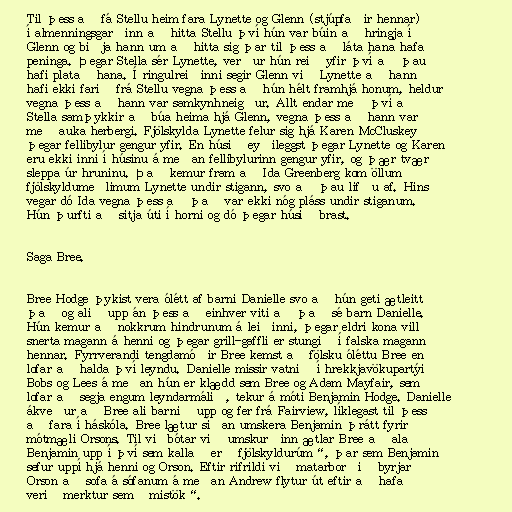
Til þess að fá Stellu heim fara Lynette og Glenn (stjúpfaðir hennar)
í almenningsgarðinn að hitta Stellu því hún var búin að hringja í
Glenn og biðja hann um að hitta sig þar til þess að láta hana hafa
peninga. Þegar Stella sér Lynette, verður hún reið yfir því að þau
hafi platað hana. Í ringulreiðinni segir Glenn við Lynette að hann
hafi ekki farið frá Stellu vegna þess að hún hélt framhjá honum, heldur
vegna þess að hann var samkynhneigður. Allt endar með því að
Stella samþykkir að búa heima hjá Glenn, vegna þess að hann var
með auka herbergi. Fjölskylda Lynette felur sig hjá Karen McCluskey
þegar fellibylur gengur yfir. En húsið eyðileggst þegar Lynette og Karen
eru ekki inni í húsinu á meðan fellibylurinn gengur yfir, og þær tvær
sleppa úr hruninu. Það kemur fram að Ida Greenberg kom öllum
fjölskyldumeðlimum Lynette undir stigann, svo að þau lifðu af. Hins
vegar dó Ida vegna þess að það var ekki nóg pláss undir stiganum.
Hún þurfti að sitja úti í horni og dó þegar húsið brast.

Saga Bree.

Bree Hodge þykist vera ólétt af barni Danielle svo að hún geti ætleitt
það og alið upp án þess að einhver viti að það sé barn Danielle.
Hún kemur að nokkrum hindrunum á leiðinni, þegar eldri kona vill
snerta magann á henni og þegar grill-gaffli er stungið í falska magann
hennar. Fyrrverandi tengdamóðir Bree kemst að fölsku óléttu Bree en
lofar að halda því leyndu. Danielle missir vatnið í hrekkjavökupartýi
Bobs og Lees á meðan hún er klædd sem Bree og Adam Mayfair, sem
lofar að segja engum leyndarmálið, tekur á móti Benjamin Hodge. Danielle
ákveður að Bree ali barnið upp og fer frá Fairview, líklegast til þess
að fara í háskóla. Bree lætur síðan umskera Benjamin þrátt fyrir
mótmæli Orsons. Til viðbótar við umskurðinn ætlar Bree að ala
Benjamin upp í því sem kallað er „fjölskyldurúm“, þar sem Benjamin
sefur uppí hjá henni og Orson. Eftir rifrildi við matarborðið byrjar
Orson að sofa á sófanum á meðan Andrew flytur út eftir að hafa
verið merktur sem „mistök“.